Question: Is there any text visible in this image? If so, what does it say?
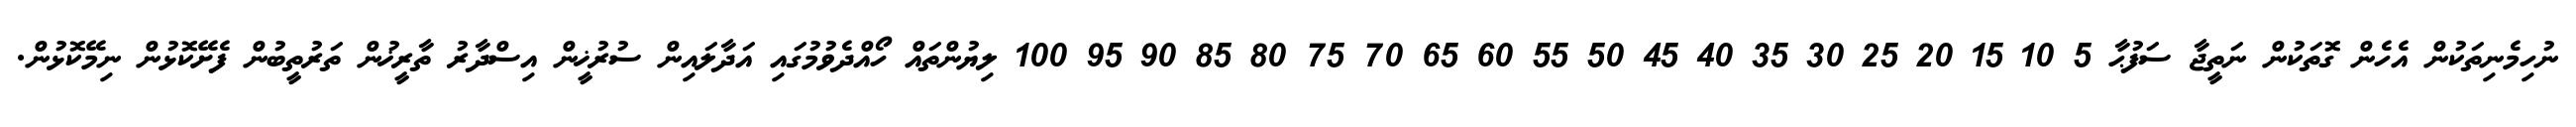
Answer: ނުހިމެނިތަކުން އެހެން ގޮތަކުން ނަތީޖާ ސަފުޙާ 5 10 15 20 25 30 35 40 45 50 55 60 65 70 75 80 85 90 95 100 ލިޔުންތައް ހޯއްދެވުމުގައި އަދާލައިން ސުރުޚީން އިސްދާރު ތާރީޚުން ތަރުތީބުން ފެށޭކޮޅުން ނިމޭކޮޅުން.